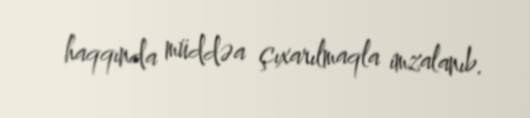
haqqında müddəa çıxarılmaqla imzalanıb.